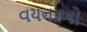
વયનાઓ